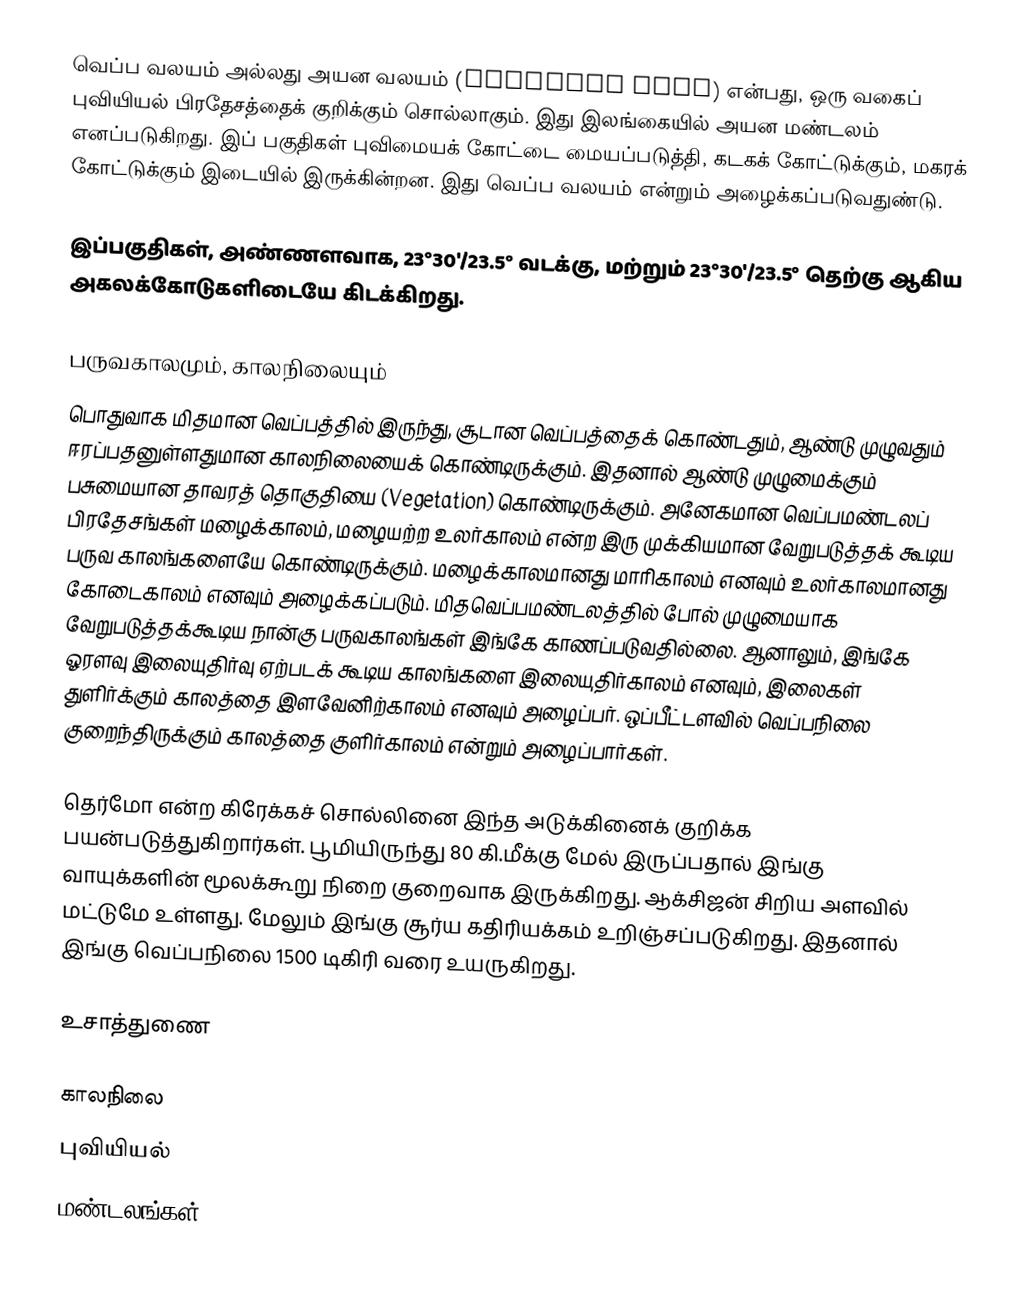
வெப்ப வலயம் அல்லது அயன வலயம் (Tropical Zone) என்பது, ஒரு வகைப் புவியியல் பிரதேசத்தைக் குறிக்கும் சொல்லாகும். இது இலங்கையில் அயன மண்டலம் எனப்படுகிறது. இப் பகுதிகள் புவிமையக் கோட்டை மையப்படுத்தி, கடகக் கோட்டுக்கும், மகரக் கோட்டுக்கும் இடையில் இருக்கின்றன. இது வெப்ப வலயம் என்றும் அழைக்கப்படுவதுண்டு.

இப்பகுதிகள், அண்ணளவாக, 23°30'/23.5° வடக்கு, மற்றும் 23°30'/23.5° தெற்கு ஆகிய அகலக்கோடுகளிடையே கிடக்கிறது.

பருவகாலமும், காலநிலையும்
பொதுவாக மிதமான வெப்பத்தில் இருந்து, சூடான வெப்பத்தைக் கொண்டதும், ஆண்டு முழுவதும் ஈரப்பதனுள்ளதுமான காலநிலையைக் கொண்டிருக்கும். இதனால் ஆண்டு முழுமைக்கும் பசுமையான தாவரத் தொகுதியை (Vegetation) கொண்டிருக்கும். அனேகமான வெப்பமண்டலப் பிரதேசங்கள் மழைக்காலம், மழையற்ற உலர்காலம் என்ற இரு முக்கியமான வேறுபடுத்தக் கூடிய பருவ காலங்களையே கொண்டிருக்கும். மழைக்காலமானது மாரிகாலம் எனவும் உலர்காலமானது கோடைகாலம் எனவும் அழைக்கப்படும். மிதவெப்பமண்டலத்தில் போல் முழுமையாக வேறுபடுத்தக்கூடிய நான்கு பருவகாலங்கள் இங்கே காணப்படுவதில்லை. ஆனாலும், இங்கே ஓரளவு இலையுதிர்வு ஏற்படக் கூடிய காலங்களை இலையுதிர்காலம் எனவும், இலைகள் துளிர்க்கும் காலத்தை இளவேனிற்காலம் எனவும் அழைப்பர். ஒப்பீட்டளவில் வெப்பநிலை குறைந்திருக்கும் காலத்தை குளிர்காலம் என்றும் அழைப்பார்கள்.

தெர்மோ என்ற கிரேக்கச் சொல்லினை இந்த அடுக்கினைக் குறிக்க பயன்படுத்துகிறார்கள். பூமியிருந்து 80 கி.மீக்கு மேல் இருப்பதால் இங்கு வாயுக்களின் மூலக்கூறு நிறை குறைவாக இருக்கிறது. ஆக்சிஜன் சிறிய அளவில் மட்டுமே உள்ளது. மேலும் இங்கு சூர்ய கதிரியக்கம் உறிஞ்சப்படுகிறது. இதனால் இங்கு வெப்பநிலை 1500 டிகிரி வரை உயருகிறது.

உசாத்துணை

காலநிலை
புவியியல்
மண்டலங்கள்